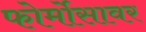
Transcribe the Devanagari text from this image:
फोर्मोसावर